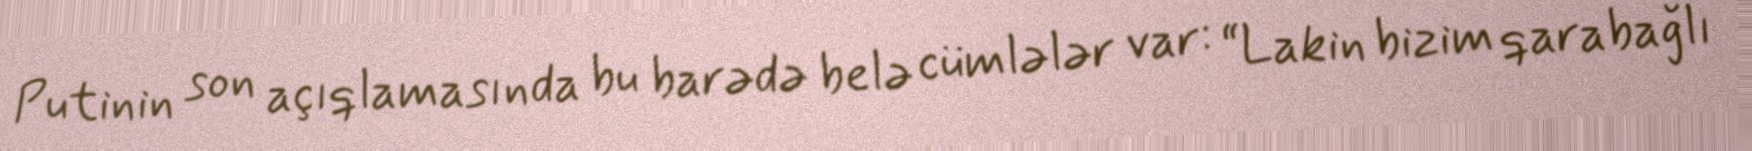
Putinin son açıqlamasında bu barədə belə cümlələr var: “Lakin bizim qarabağlı